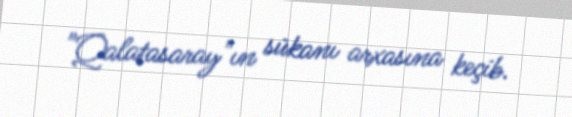
"Qalatasaray"ın sükanı arxasına keçib.